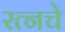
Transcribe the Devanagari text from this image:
रत्‍नचे